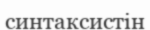
синтаксистін